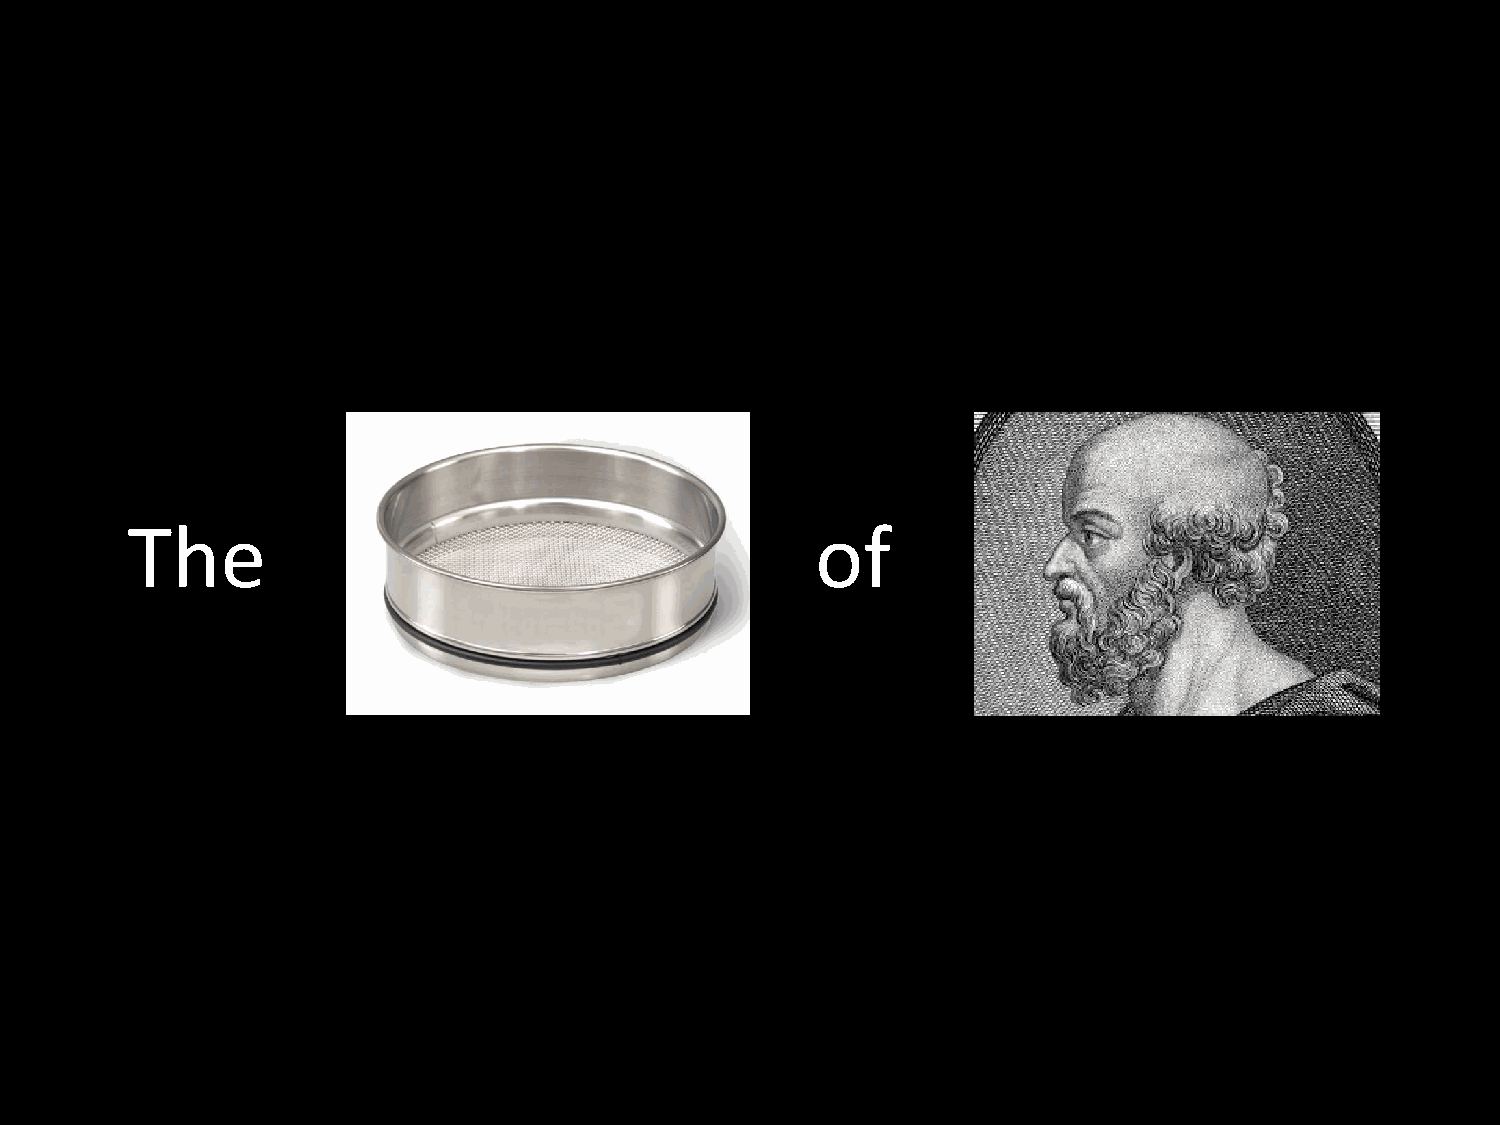
The                                           of